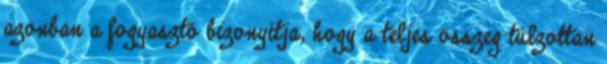
azonban a fogyasztó bizonyítja, hogy a teljes összeg túlzottan